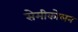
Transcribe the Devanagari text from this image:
सेमीकोलन